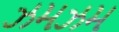
ઝમઝમ